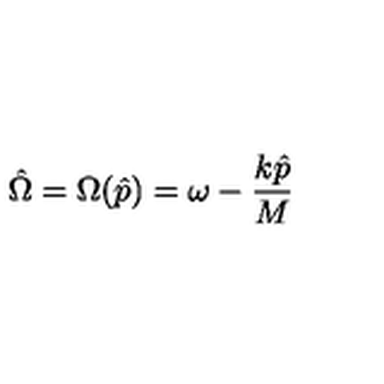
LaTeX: \hat { \Omega } = \Omega ( \hat { p } ) = \omega - \frac { k \hat { p } } { M }